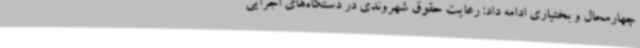
چهارمحال و بختیاری ادامه داد: رعایت حقوق شهروندی در دستگاه‌های اجرایی